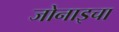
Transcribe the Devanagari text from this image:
जोनाइचा